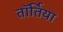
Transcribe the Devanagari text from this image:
तॉर्तिया